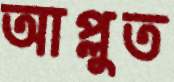
আপ্লুত